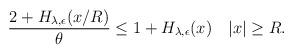
LaTeX: \begin{align*} \begin{aligned} \frac{2+H_{\lambda,\epsilon}(x/R)}{\theta}\leq 1+H_{\lambda,\epsilon}(x)~~~|x|\geq R. \end{aligned} \end{align*}